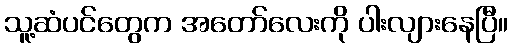
သူ့ဆံပင်တွေက အတော်လေးကို ပါးလျားနေပြီ။